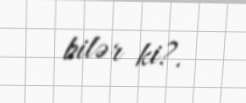
bilər ki?.